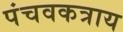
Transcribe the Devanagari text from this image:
पंचवकत्राय